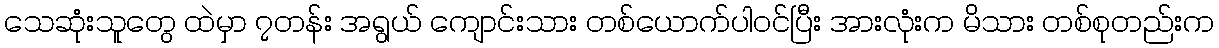
သေဆုံးသူတွေ ထဲမှာ ၇တန်း အရွယ် ကျောင်းသား တစ်ယောက်ပါဝင်ပြီး အားလုံးက မိသား တစ်စုတည်းက